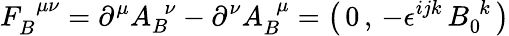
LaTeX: F_{B}^{\; \, \mu\nu}=\partial^{\mu}A_{B}^{\; \, \nu}-\partial^{\nu}A_{B}^{\; \, \mu}=\left(\, 0\, ,\, -\epsilon^{ijk}\, B_{0}^{\, \, k}\, \right)